Civil Veterinary Dept. Bombay admin report 1914-1922 - 1914-1922
Year: 1914
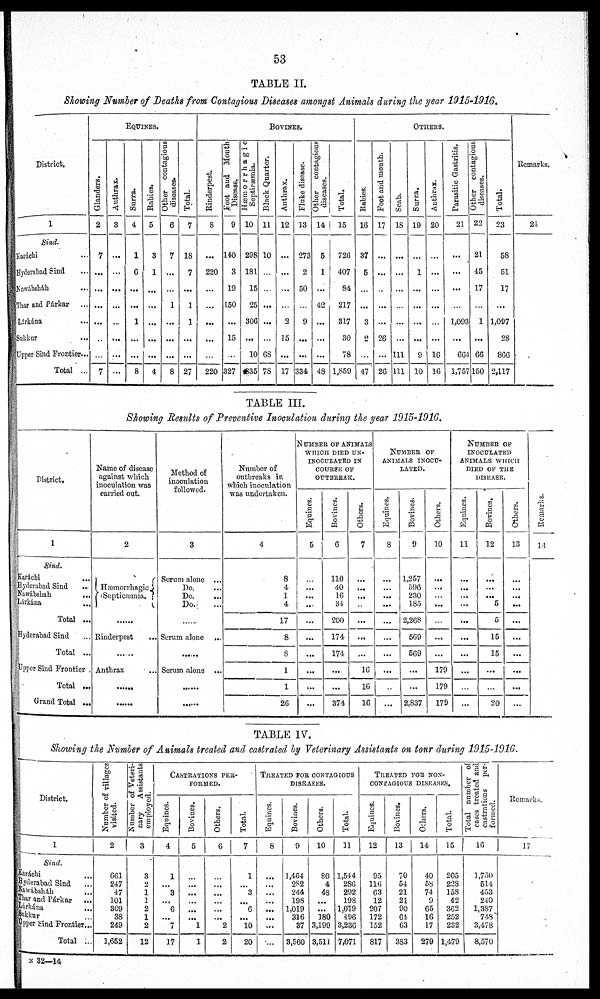
53
TABLE II.
Showing Number of Deaths from Contagious Diseases amongst Animals during the year 1915-1916.
District.
1
Sind.
Karáchi ...
Hyderabad Sind ...
Nawábsháh ...
Thar and Párkar ...
Lárkána ...
Sukkur ...
Upper Sind Frontier...
Total ...
EQUINES.
Glanders.
2
7
...
...
...
...
..
...
7
Anthrax.
3
...
...
...
...
...
...
...
...
Surra.
4
1
6
...
...
1
...
...
8
Rabies.
5
3
1
...
...
...
...
...
4
Other contagious
diseases.
6
7
...
...
1
...
...
...
8
Total.
7
18
7
...
1
1
...
...
27
BOVINES.
Rinderpest.
8
...
220
...
...
...
...
...
220
Foot and Mouth
Disease.
9
140
3
19
150
...
15
...
327
Hæmorrhagic
Septicæmia.
10
298
181
15
25
306
...
10
835
Black Quarter.
11
10
...
...
...
...
...
68
78
Anthrax.
12
...
...
...
...
2
15
...
17
Fluke disease.
13
273
2
50
...
9
...
...
334
Other contagious
diseases.
14
5
1
...
42
...
...
...
48
Total.
15
726
407
84
217
317
30
78
1,859
OTHERS.
Rabies.
16
37
5
...
...
3
2
...
47
Foot and mouth.
17
...
...
...
...
...
26
...
26
Scab.
18
...
...
...
...
...
...
111
111
Surra.
19
...
1
...
...
...
...
9
10
Anthrax.
20
...
...
...
...
...
...
16
16
Parasitic Gastritis.
21
...
...
...
...
1,093
...
664
1,757
Other contagious
diseases.
22
21
45
17
...
1
...
66
150
Total.
23
58
51
17
...
1,097
28
866
2,117
Remarks.
24
TABLE III.
Showing Results of Preventive Inoculation during the year 1915-1916.
District.
1
Sind.
Karáchi . ...
Hyderabad Sind ...
Nawábshah ...
Lárkána ...
Total ...
Hyderabad Sind ...
Total
...
Upper Sind Frontier
Total ...
Grand Total ...
Name of disease
against which
inoculation was
carried out.
2
Hæmorrhagic
Septicæmia.
......
Rinderpest ...
......
Anthrax
......
......
Method of
inoculation
followed.
3
Serum alone
...
Do. ...
Do. ...
Do. ...
......
Serum alone
...
......
Serum alone ...
......
......
Number of
outbreaks in
which inoculation
was undertaken.
4
8
4
1
4
17
8
8
1
1
26
NUMBER
OF
ANIMALS
WHICH DIED UN¬
INOCULATED IN
COURSE OF
OUTBREAK.
Equines.
5
...
...
...
...
...
...
...
...
...
...
Bovines.
6
110
40
16
34
200
174
174
...
...
374
Others.
7
...
...
...
...
...
...
...
16
16
16
NUMBER
OF
ANIMALS
INOCU-
-----.
Equines.
8
...
...
...
...
...
...
...
...
...
...
Bovines.
9
1,257
596
230
185
2,268
569
569
...
...
2,837
Others.
10
...
...
...
...
...
...
...
179
179
179
NUMBER
OF
INOCULATED
ANIMALS WHICH
DIED OF THE
DISEASE.
Equines.
11
...
...
...
...
...
...
...
...
...
...
Bovines.
12
...
...
...
5
5
15
15
...
...
20
Others.
13
...
...
...
...
...
...
...
...
...
...
Remarks.
14
TABLE IV.
Showing the Number of Animals treated and castrated by Veterinary Assistants on tour during 1915-1916.
District.
1
Sind.
Karáchi. ...
Hyderabad Sind ...
Nawábshah ...
Thar and Párkar ...
Lárkána ...
Sukkur ...
Upper Sind Frontier...
Total ...
Number of villages
visited.
2
661
247
47
101
309
38
249
1,652
Number of Veteri-
nary
Assistants
employed.
3
3
2
1
1
2
1
2
12
CASTRATIONS
PER¬
FORMED.
Equines.
4
1
...
3
...
6
...
7
17
Bovines.
5
...
...
...
...
...
...
1
1
Others.
6
...
...
...
...
...
...
2
2
Total.
7
1
...
3
...
6
...
10
20
TREATED
FOR
CONTAGIOUS
DISEASES.
Equines.
8
...
...
...
...
...
...
...
...
Bovines.
9
1,464
282
244
198
1,019
316
37
3,560
Others.
10
80
4
48
...
...
180
3,199
3,511
Total.
11
1,544
286
292
198
1,019
496
3,236
7,071
TREATED
FOR
NON¬
CONTAGIOUS
DISEASES.
Equines.
12
95
116
63
12
207
172
152
817
Bovines.
13
70
54
21
21
90
64
63
383
Others.
14
40
58
74
9
65
16
17
279
Total.
15
205
228
158
42
362
252
232
1,479
Total number of
cases treated and
castrations
per-
formed.
16
1,750
514
453
240
1,387
748
3,478
8,570
Remarks.
17
N 32—14